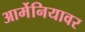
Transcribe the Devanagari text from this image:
आर्मेनियावर